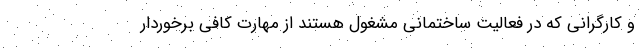
و کارگرانی که در فعالیت ساختمانی مشغول هستند از مهارت کافی برخوردار